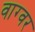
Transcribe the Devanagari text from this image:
वाग्वर